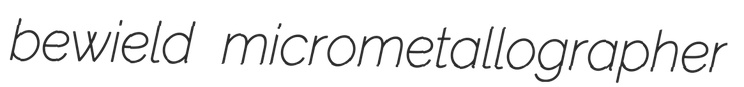
bewield micrometallographer